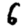
Digit: 6